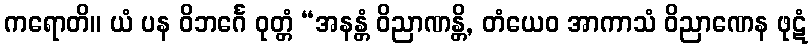
ကရောတိ။ ယံ ပန ဝိဘင်္ဂေ ဝုတ္တံ “အနန္တံ ဝိညာဏန္တိ, တံယေဝ အာကာသံ ဝိညာဏေန ဖုဋံ